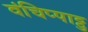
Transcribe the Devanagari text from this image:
वंचिप्पाट्टु